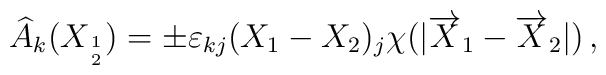
\widehat{A}_{k}(X_{1\atop 2}) = \pm \varepsilon_{kj} (X_1 - X_2)_j  \chi (|\overrightarrow{X}_1 - \overrightarrow{X}_2 |)\, ,